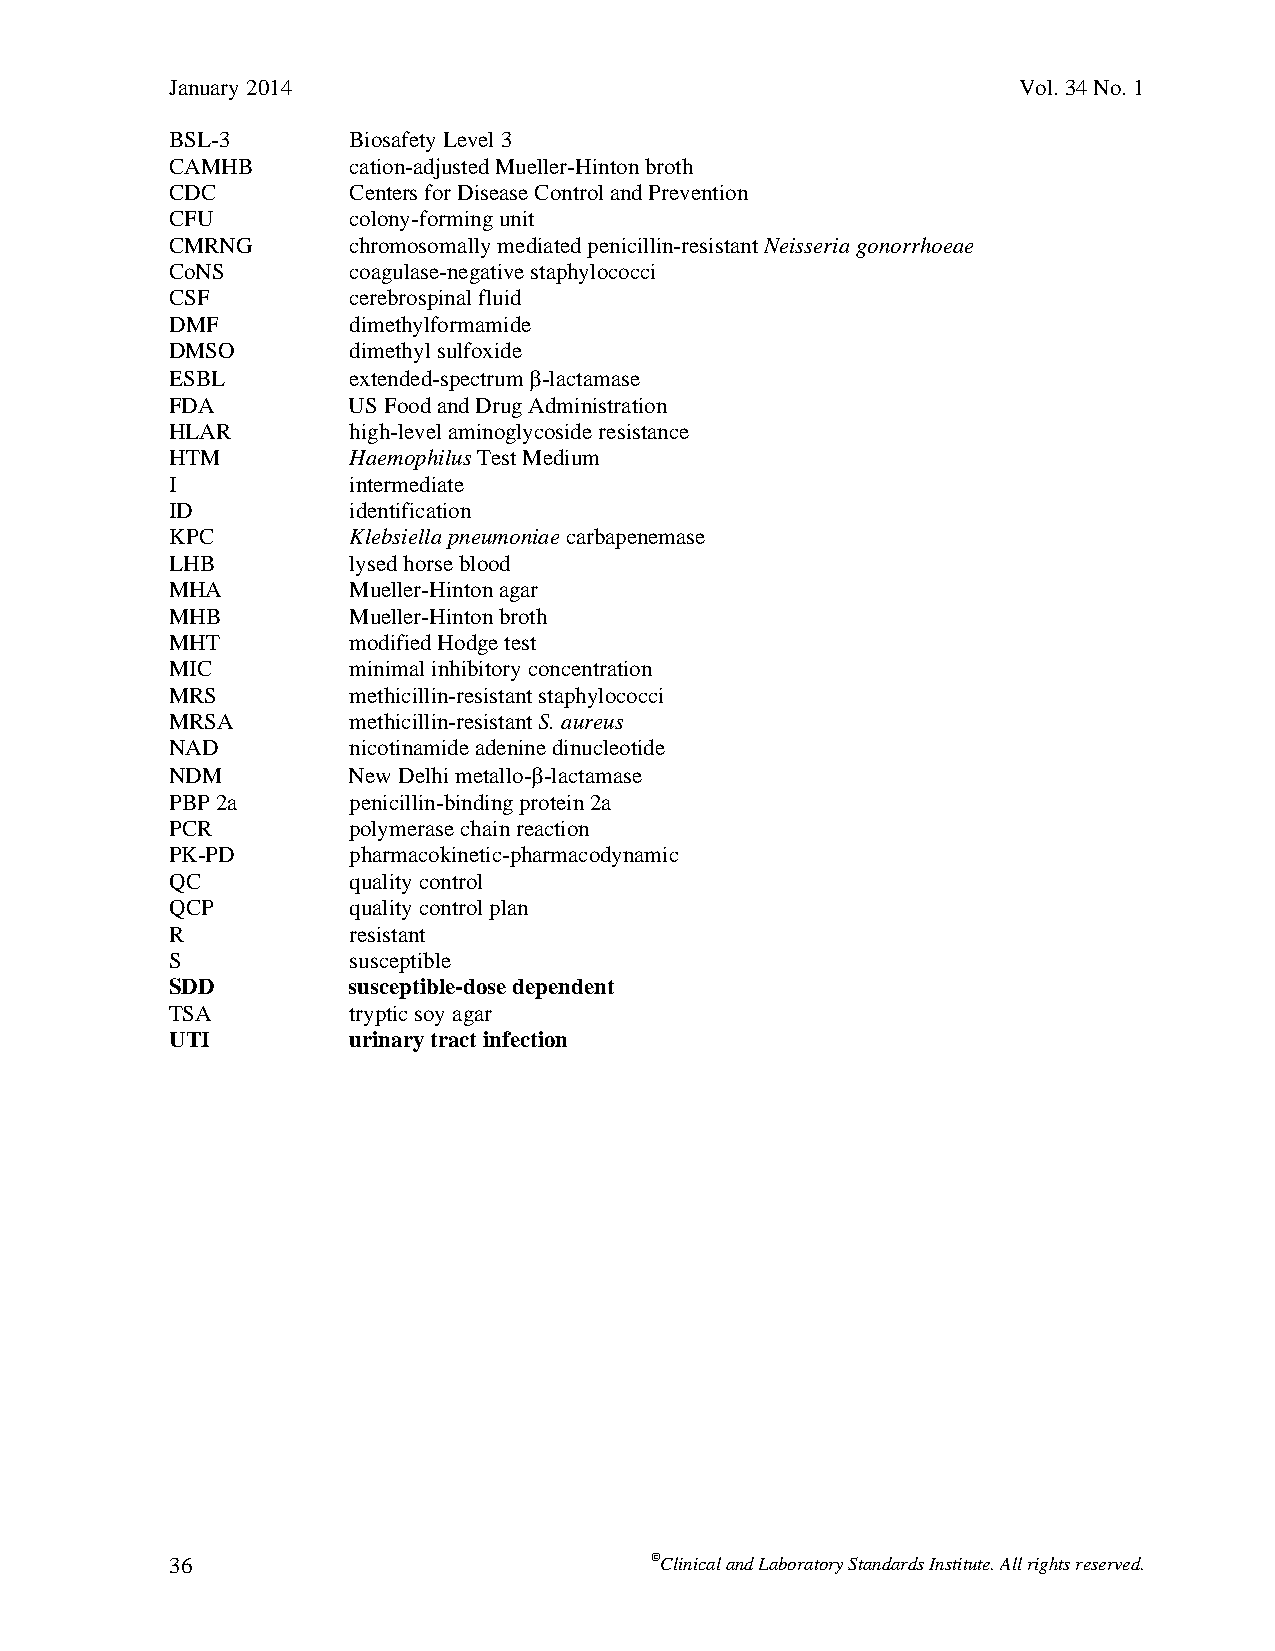
January 2014                                            Vol. 34 No. 1
 BSL-3       Biosafety Level 3
 CAMHB       cation-adjusted Mueller-Hinton broth
 CDC         Centers for Disease Control and Prevention
 CFU         colony-forming unit
 CMRNG       chromosomally mediated penicillin-resistant Neisseria gonorrhoeae
 CoNS        coagulase-negative staphylococci
 CSF         cerebrospinal fluid
 DMF         dimethylformamide
 DMSO        dimethyl sulfoxide
 ESBL        extended-spectrum -lactamase
 FDA         US Food and Drug Administration
 HLAR        high-level aminoglycoside resistance
 HTM         Haemophilus Test Medium
 I           intermediate
 ID          identification
 KPC         Klebsiella pneumoniae carbapenemase
 LHB         lysed horse blood
 MHA         Mueller-Hinton agar
 MHB         Mueller-Hinton broth
 MHT         modified Hodge test
 MIC         minimal inhibitory concentration
 MRS         methicillin-resistant staphylococci
 MRSA        methicillin-resistant S. aureus
 NAD         nicotinamide adenine dinucleotide
 NDM         New Delhi metallo--lactamase
 PBP 2a      penicillin-binding protein 2a
 PCR         polymerase chain reaction
 PK-PD       pharmacokinetic-pharmacodynamic
 QC          quality control
 QCP         quality control plan
 R           resistant
 S           susceptible
 SDD         susceptible-dose dependent
 TSA         tryptic soy agar
 UTI         urinary tract infection
 36                              Clinical and Laboratory Standards Institute. All rights reserved.
 Thisdocumentisprotectedbycopyright.
 PublishedOn1/1/2014.